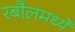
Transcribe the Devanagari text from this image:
रबौलमध्ये